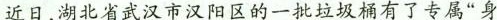
近日，湖北省武汉市汉阳区的一批垃圾桶有了专属”身